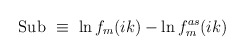
\begin{align*}{\rm Sub} \ \equiv\ \ln f_m(ik) - \ln f^{as}_m(ik)\end{align*}